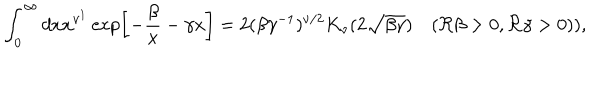
\int _ { 0 } ^ { \infty } d x x ^ { \nu ^ { 1 } } \exp \left[ - { \frac { \beta } { x } } - \gamma x \right] = 2 ( \beta \gamma ^ { - 1 } ) ^ { \nu / 2 } K _ { \nu } ( 2 \sqrt { \beta \gamma } ) \quad ( \Re \beta > 0 , \Re \gamma > 0 ) ) ,